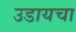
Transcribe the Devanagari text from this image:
उडायचा